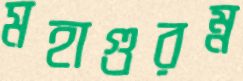
মহাগুরম্ন